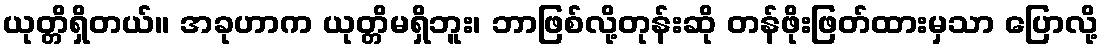
ယုတ္တိရှိတယ်။ အခုဟာက ယုတ္တိမရှိဘူး၊ ဘာဖြစ်လို့တုန်းဆို တန်ဖိုးဖြတ်ထားမှသာ ပြောလို့